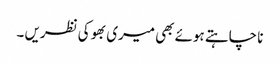
نا چاہتے ہوئے بھی میری بھوکی نظریں ۔